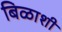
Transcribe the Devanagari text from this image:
बिळाशी